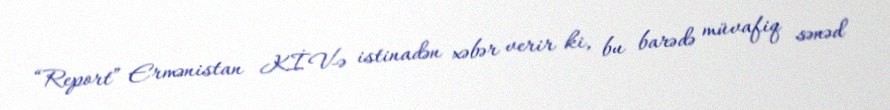
“Report” Ermənistan KİV-ə istinadən xəbər verir ki, bu barədə müvafiq sənəd